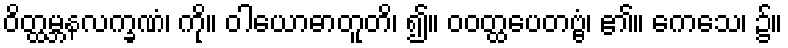
ဝိတ္ထမ္ဘနလက္ခဏံ၊ ကို။ ဝါယောဓာတူတိ၊ ၍။ ဝဝတ္ထပေတဗ္ဗံ၊ ၏။ ကေသေ၊ ၌။